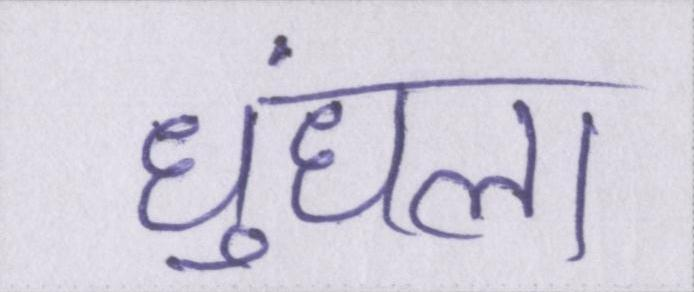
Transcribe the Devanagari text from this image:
धुंधला